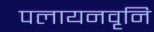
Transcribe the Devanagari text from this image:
पलायनवृनि